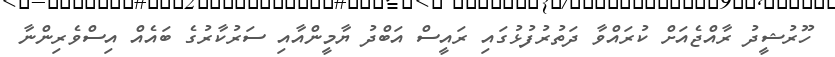
ހޫރުޝީދު ރާއްޖެއަށް ކުރައްވާ ދަތުރުފުޅުގައި ރައީސް އަބްދު ޔާމީންއާއި ސަރުކާރުގެ ބައެއް އިސްވެރިންނާ